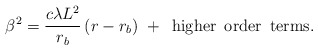
\begin{align*}\beta^{2}= \frac{c\lambda L^2}{r_{b}}\,(r-r_{b})\,\, +\,\,\, \mathrm{higher\,\,\,order\,\,\,terms}. \end{align*}